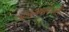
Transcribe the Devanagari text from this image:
उद्वाहकाशेजारी